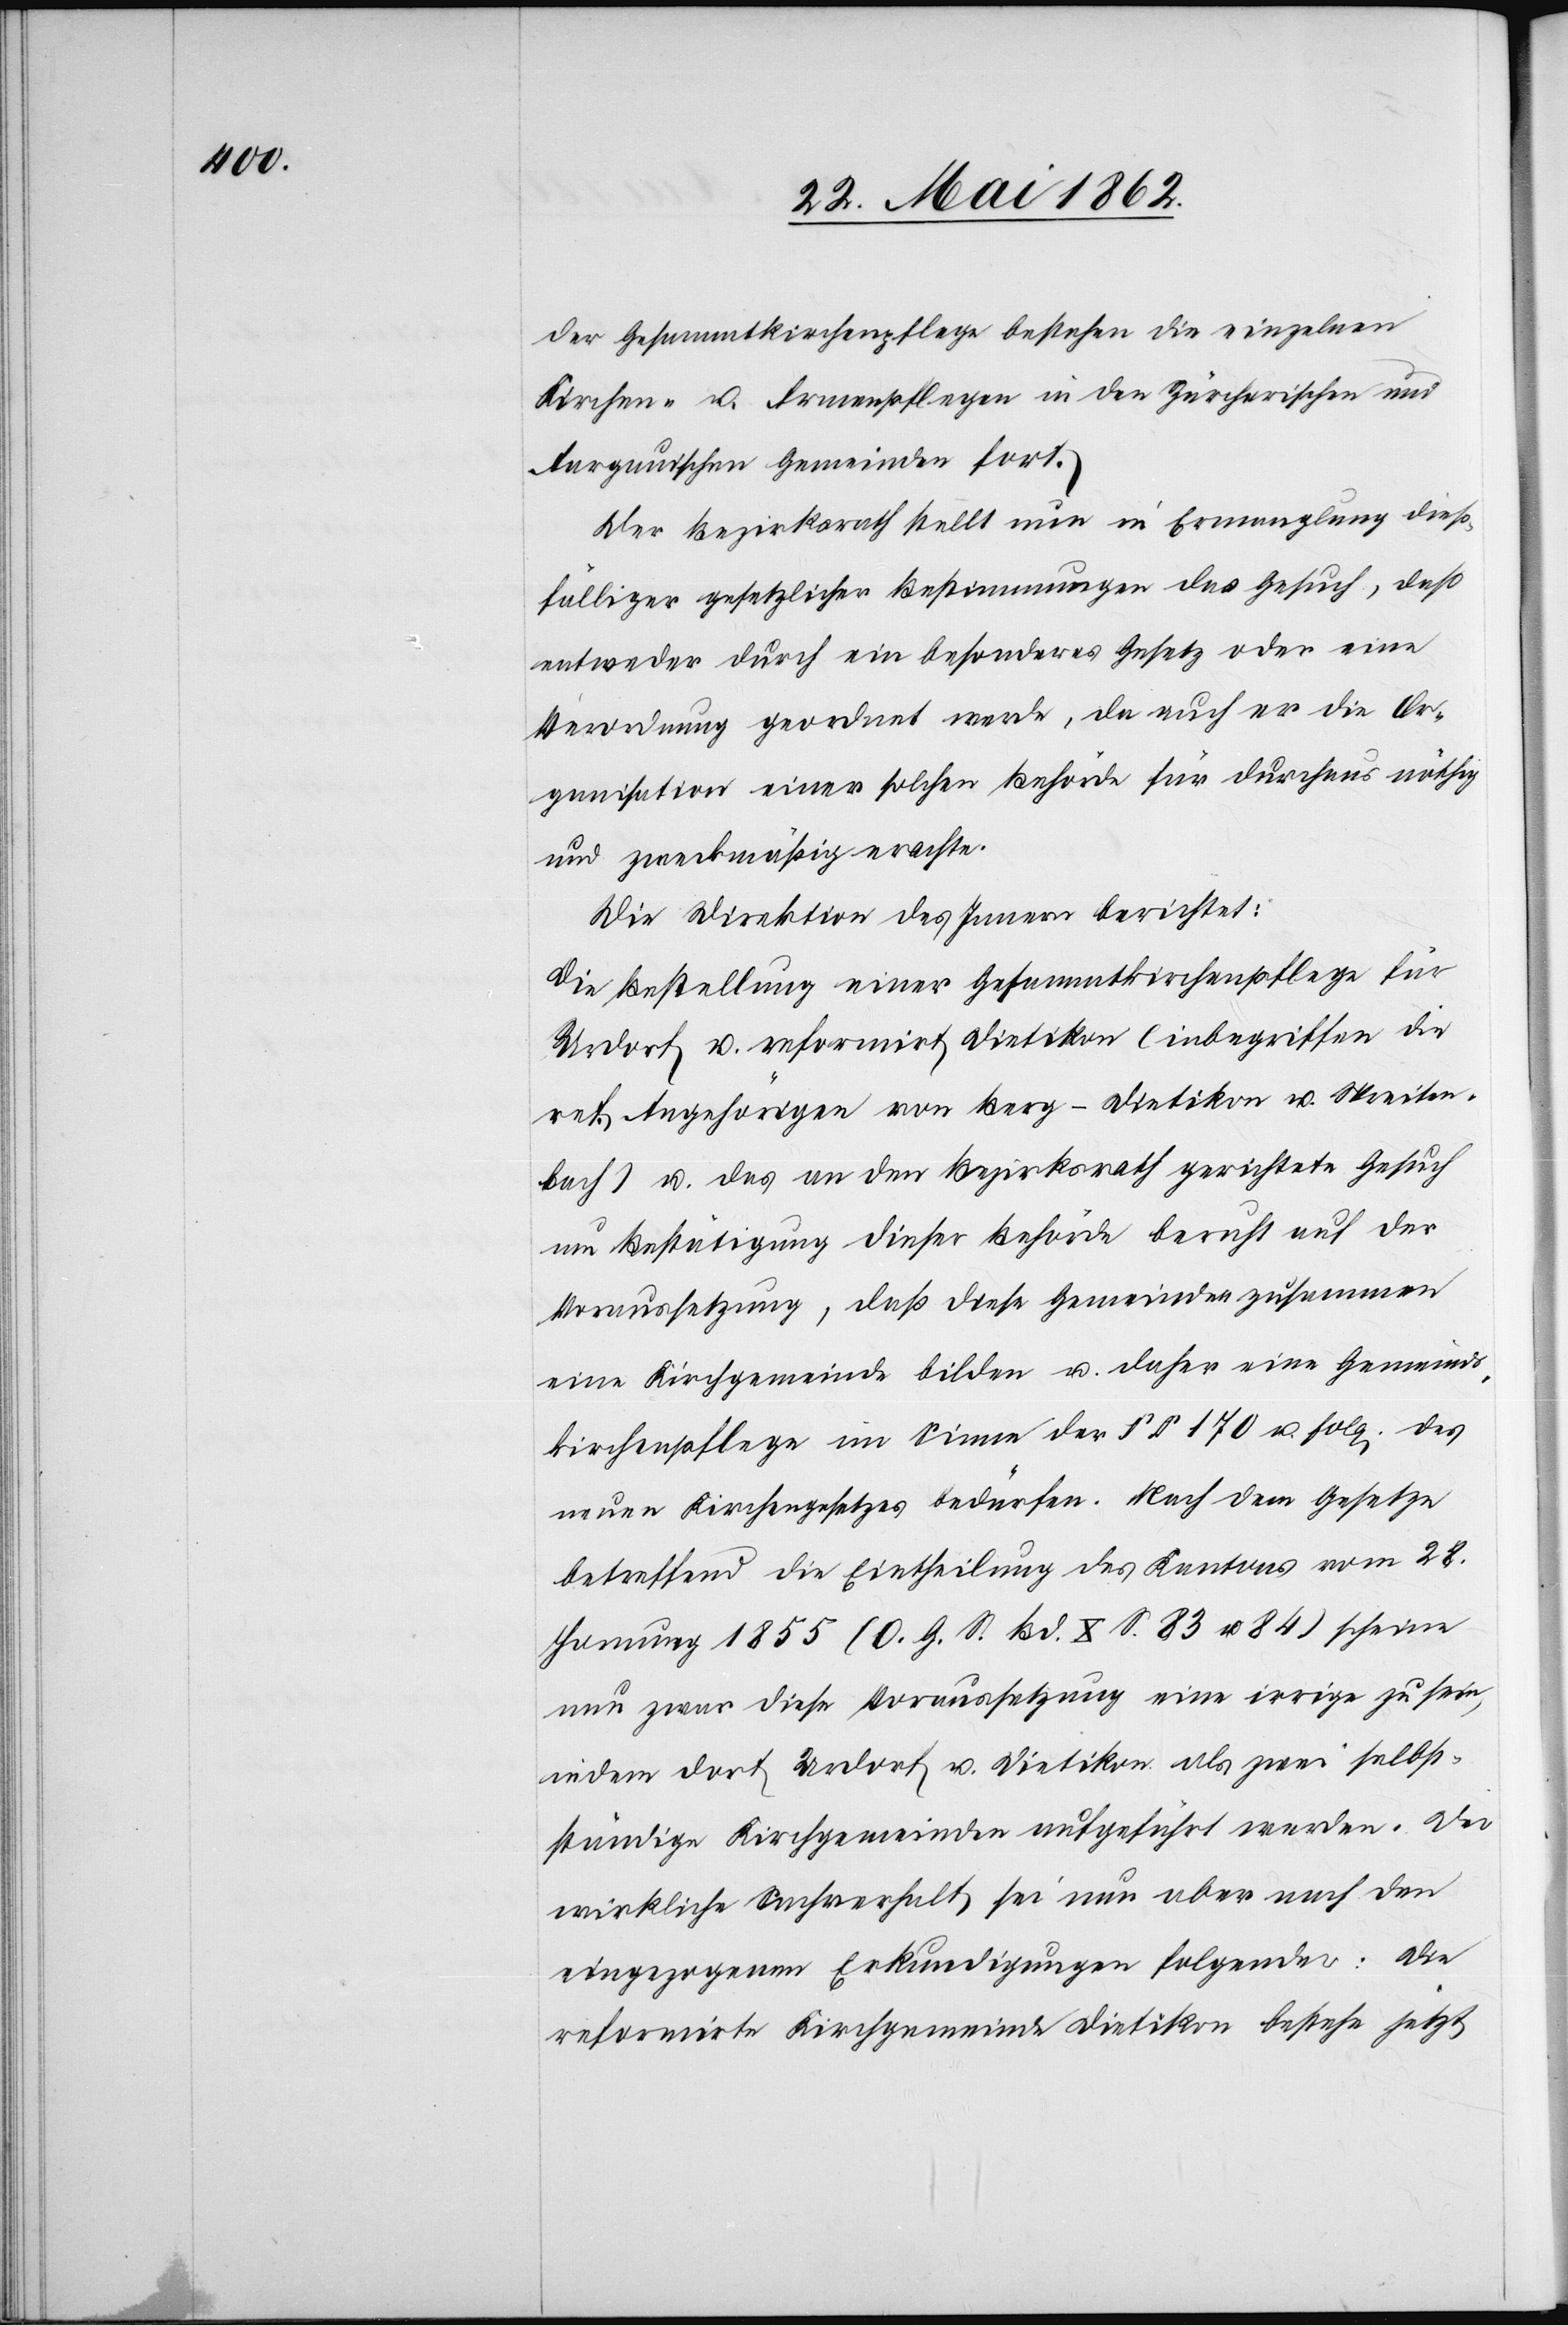
der Gesammtkirchenpflege bestehen die einzelnen
Kirchen- u. Armenpflegen in den Zürcherischen und
Aargauischen Gemeinden fort.
Der Bezirksrath stellt nun in Ermanglung dieß¬
fälliger gesetzlicher Bestimmungen das Gesuch, daß
entweder durch ein besonderes Gesetz oder eine
Verordnung geordnet werde, da auch er die Or¬
ganisation einer solchen Behörde für durchaus nöthig
und zweckmäßig erachte.
Die Direktion des Innern berichtet:
Die Bestellung einer Gesammtkirchenpflege für
Urdorf u. reformirt Dietikon (inbegriffen die
ref. Angehörigen von Berg-Dietikon u. Spreiten¬
bach) u. das an den Bezirksrath gerichtete Gesuch
um Bestätigung dieser Behörde beruht auf der
Voraussetzung, daß diese Gemeinden zusammen
eine Kirchgemeinde bilden u. daher eine Gemeinds¬
kirchenpflege im Sinne des §§ 170 u. folg. des
neuen Kirchengesetzes bedürfen. Nach dem Gesetze
betreffend die Eintheilung des Kantons vom 28.
Hornung 1855 (A. G. S. Bd. C. S. 83 u. 84) scheine
neu zwar diese Voraussetzung eine irrige zu sein,
indem dort Urdorf u. Dietikon als zwei selbst¬
ständige Kirchgemeinden aufgeführt werden. Der
wirkliche Sachverhalt sei nun aber nach den
eingezogenen Erkundigungen folgender: die
reformirte Kirchgemeinde Dietikon bestehe jetzt